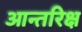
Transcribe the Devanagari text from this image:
आन्तरिक्ष